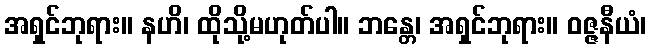
အရှင်ဘုရား။ နဟိ၊ ထိုသို့မဟုတ်ပါ။ ဘန္တေ၊ အရှင်ဘုရား။ ဝဇ္ဇနီယံ၊